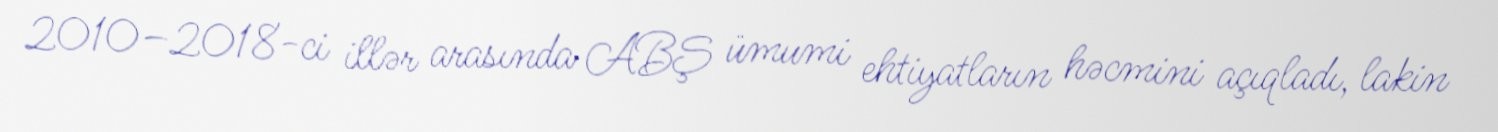
2010–2018-ci illər arasında ABŞ ümumi ehtiyatların həcmini açıqladı, lakin